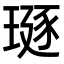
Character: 𪼅